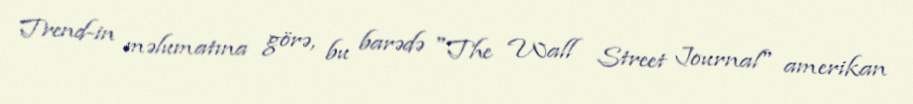
Trend-in məlumatına görə, bu barədə "The Wall Street Journal" amerikan